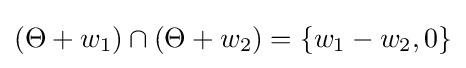
(\Theta +w_{1})\cap (\Theta +w_{2})=\{w_{1}-w_{2},0\}